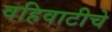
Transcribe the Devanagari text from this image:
वहिवाटीचे